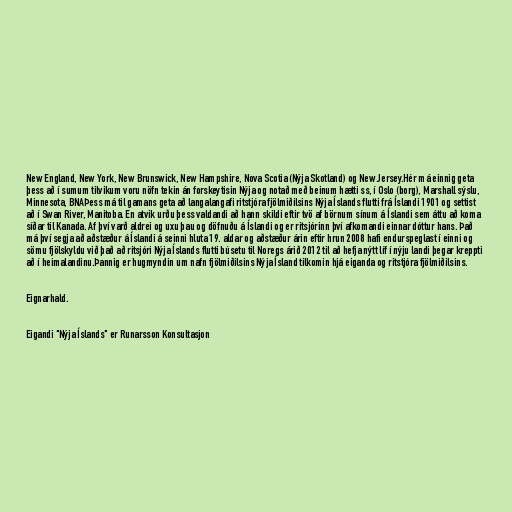
New England, New York, New Brunswick, New Hampshire, Nova Scotia (Nýja Skotland) og New Jersey.Hér má einnig geta
þess að í sumum tilvikum voru nöfn tekin án forskeytisin Nýja og notað með beinum hætti ss, í Oslo (borg), Marshall sýslu,
Minnesota, BNAÞess má til gamans geta að langalangafi ritstjóra fjölmiðilsins Nýja Íslands flutti frá Íslandi 1901 og settist
að í Swan River, Manitoba. En atvik urðu þess valdandi að hann skildi eftir tvö af börnum sínum á Íslandi sem áttu að koma
síðar til Kanada. Af því varð aldrei og uxu þau og döfnuðu á Íslandi og er ritsjórinn því afkomandi einnar dóttur hans. Það
má því segja að aðstæður á Íslandi á seinni hluta 19. aldar og aðstæður árin eftir hrun 2008 hafi endurspeglast í einni og
sömu fjölskyldu við það að ritsjóri Nýja Íslands flutti búsetu til Noregs árið 2012 til að hefja nýtt líf í nýju landi þegar kreppti
að í heimalandinu.Þannig er hugmyndin um nafn fjölmiðilsins Nýja Ísland tilkomin hjá eiganda og ritstjóra fjölmiðilsins.

Eignarhald.

Eigandi "Nýja Íslands" er Runarsson Konsultasjon